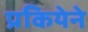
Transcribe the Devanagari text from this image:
प्रकियेने